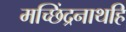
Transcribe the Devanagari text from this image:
मच्छिंद्रनाथहि